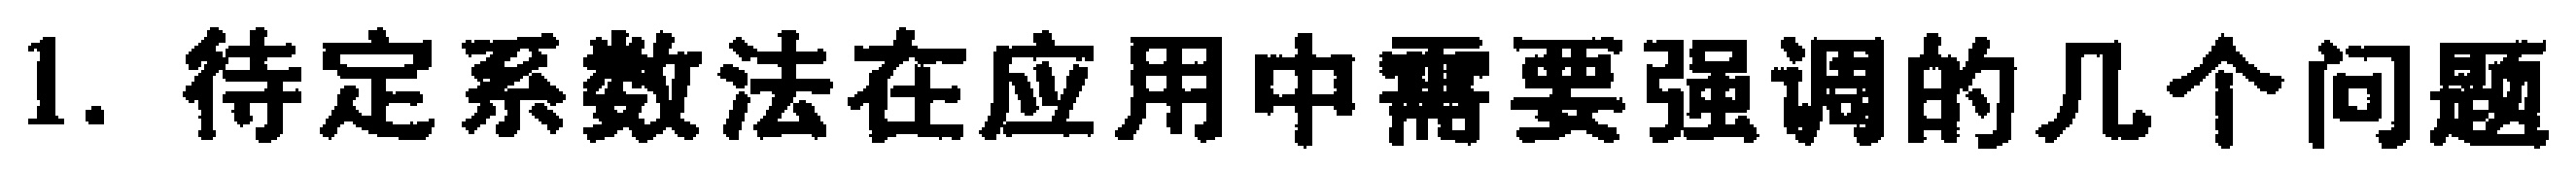
1. 待定系数法在应用中需要强调的几个问题